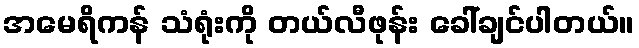
အမေရိကန် သံရုံးကို တယ်လီဖုန်း ခေါ်ချင်ပါတယ်။